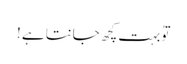
توُ بہت کچھ جانتا ہے !